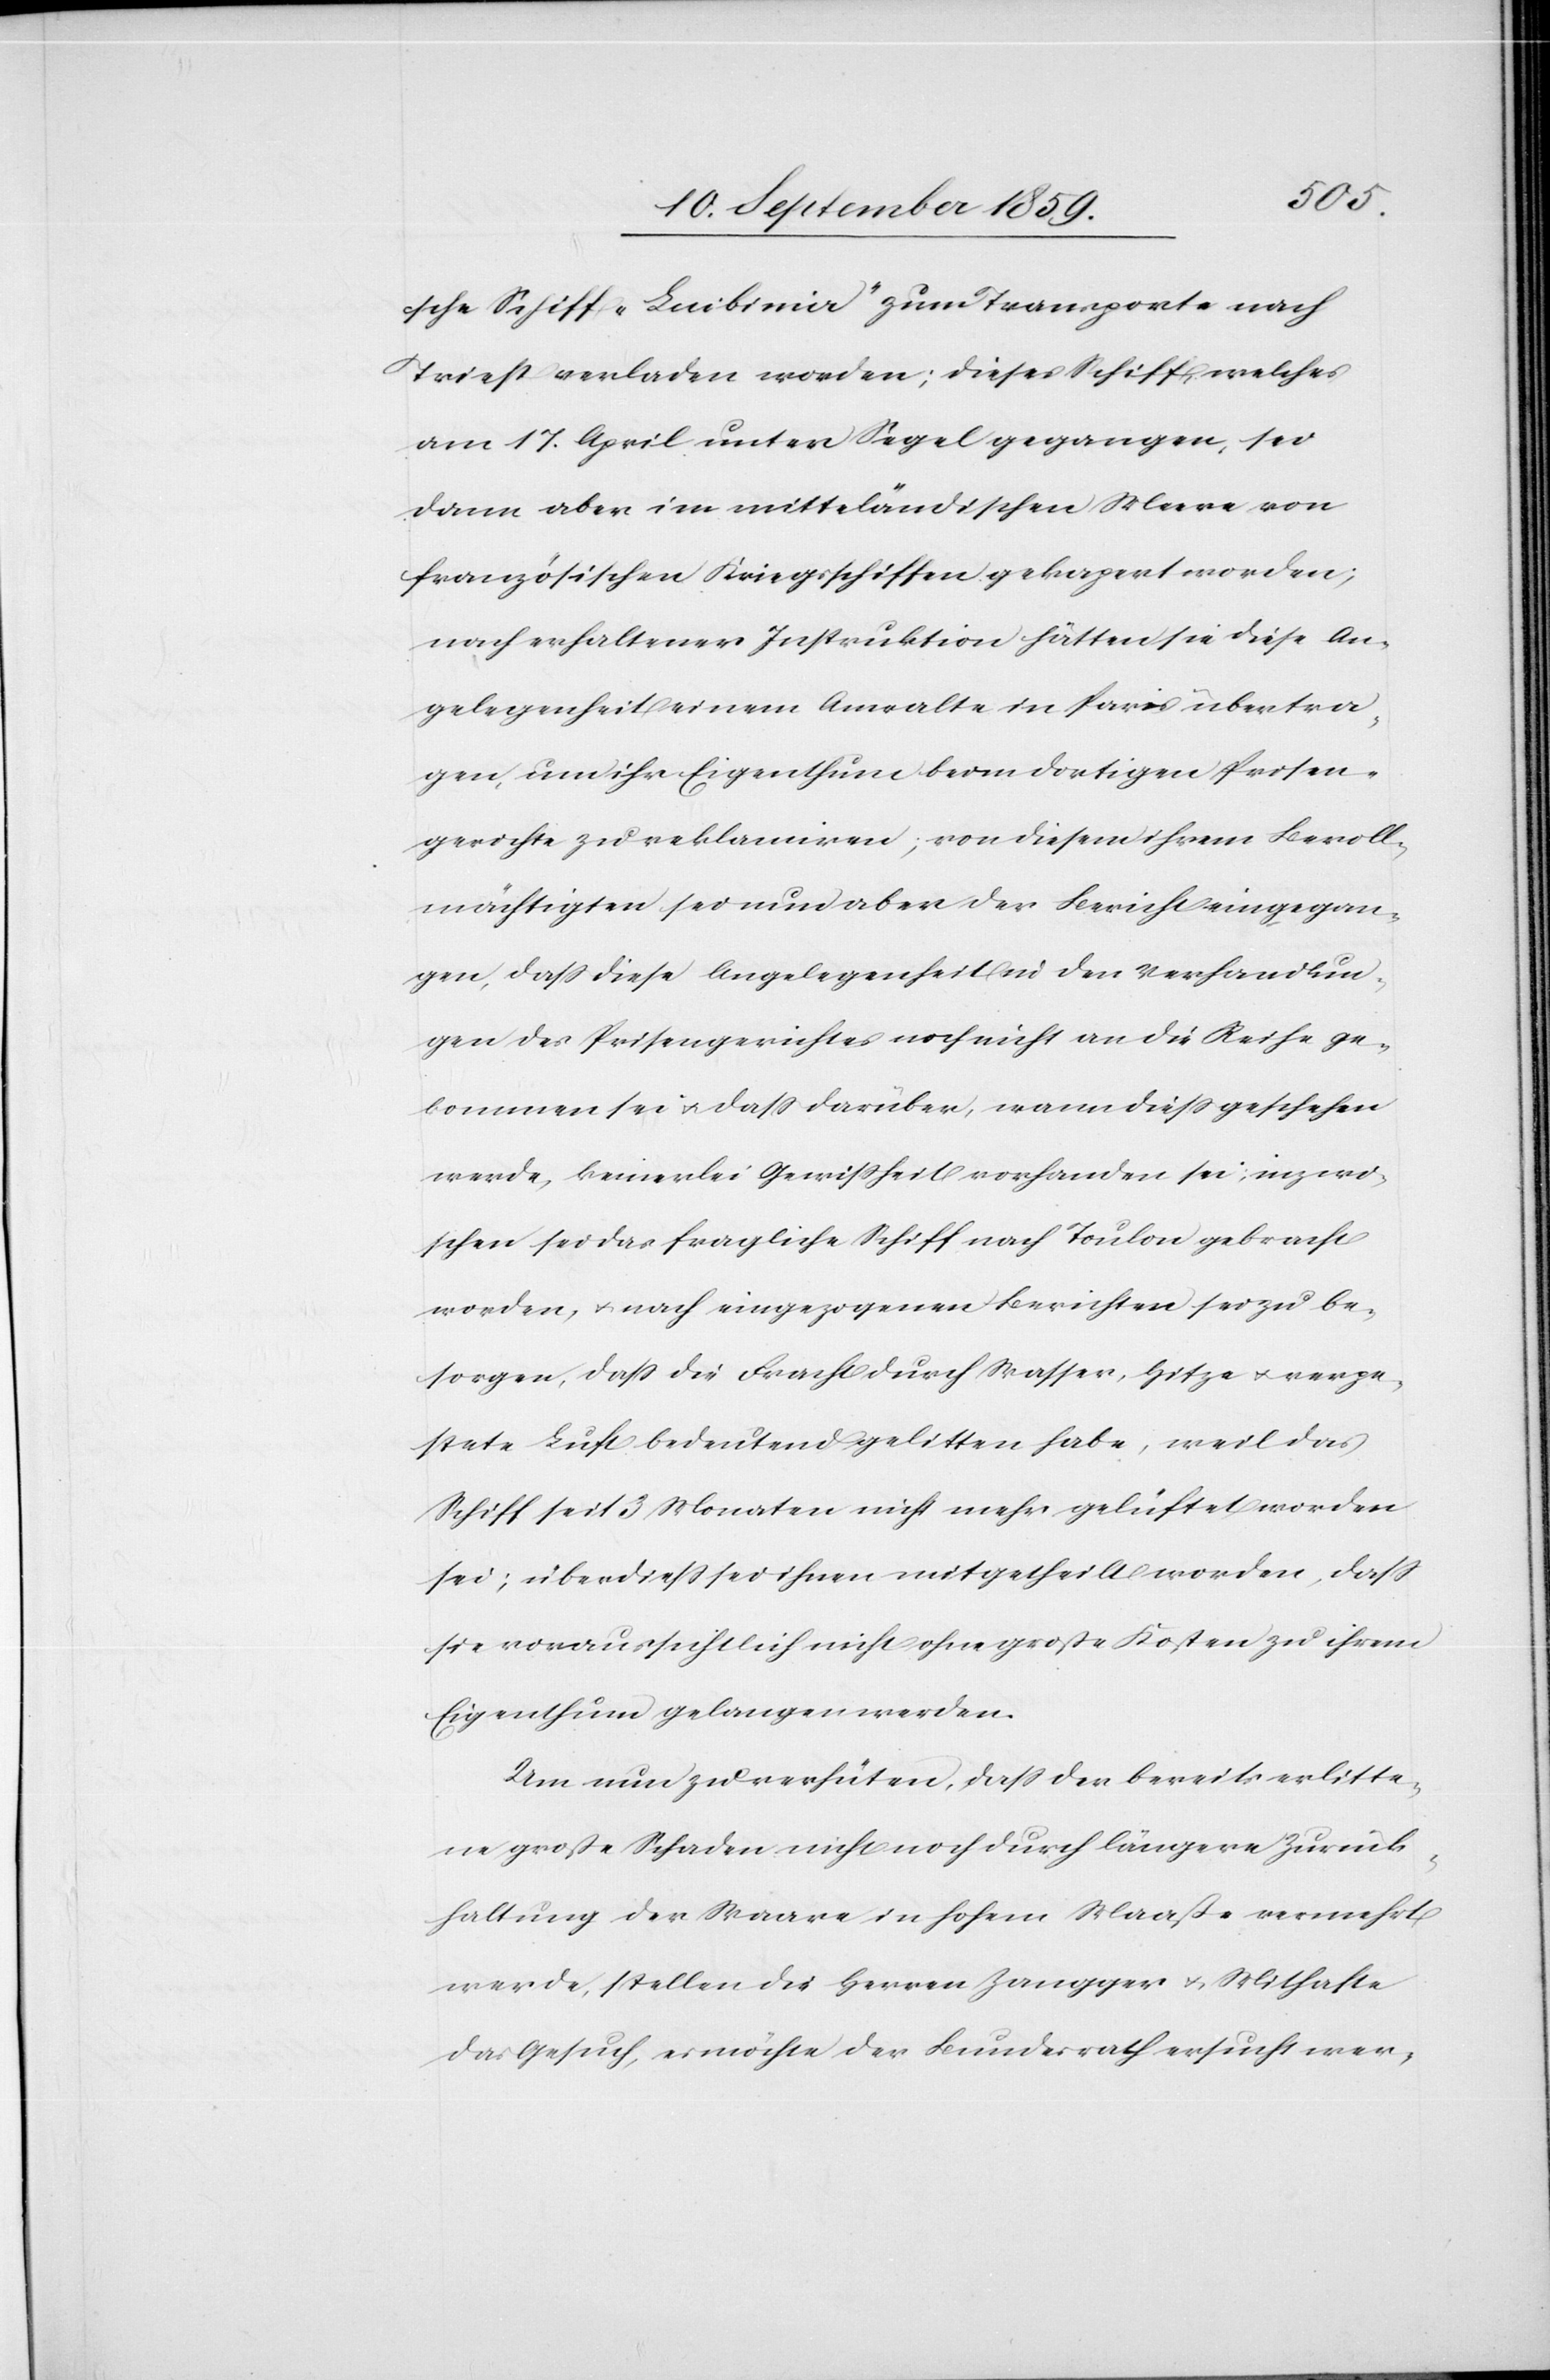
sche Schiff „Luibinia“ zum Transporte nach
Triest verladen worden; dieses Schiff, welches
am 17. April unter Segel gegangen, sei
dann aber im mittelländischen Meere von
französischen Kriegsschiffen gekapert worden;
nach erhaltener Instruktion hätten sie diese An¬
gelegenheit einem Anwalte in Paris übertra¬
gen, um ihr Eigenthum beim dortigen Prisen¬
gerichte zu reklamiren; von diesem ihrem Bevoll¬
mächtigten sei nun aber der Bericht eingegan¬
gen, daß diese Angelegenheit in den Verhandlun¬
gen des Prisengerichtes noch nicht an die Reihe ge¬
kommen sei & daß darüber, wann dieß geschehen
werde, keinerlei Gewißheit vorhanden sei, inzwi¬
schen sei das fragliche Schiff nach Toulon gebracht
worden, & nach eingezogenen Berichten sei zu be¬
sorgen, daß die Fracht durch Wasser, Hitze & verpe¬
stete Luft bedeutend gelitten habe, weil das
Schiff seit 3 Monaten nicht mehr gelüftet worden
sei, überdieß sei ihnen mitgetheilt worden, daß
sie voraussichtlich nicht ohne große Kosten zu ihrem
Eigenthum gelangen werden.
Um nun zu verhüten, daß der bereits erlitte¬
ne große Schaden nicht noch durch längere Zurück¬
haltung der Waare in hohem Maße vermehrt
werde, stellen die Herren Zangger & Mithafte
das Gesuch, es möchte der Bundesrath ersucht wer-